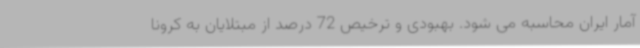
آمار ایران محاسبه می شود. بهبودی و ترخیص 72 درصد از مبتلایان به کرونا